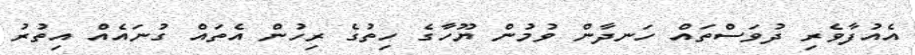
އެއުފާވެރި ދުވަސްތައް ހަނދާން ވުމުން ޔޫހާގެ ހިތުގެ ރިހުން އެތައް ގުނައެއް އިތުރު